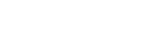
တရားရုံးရှေ့တွင်